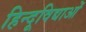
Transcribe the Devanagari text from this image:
हिन्दूविद्याओं